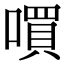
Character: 嘪